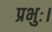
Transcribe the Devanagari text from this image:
प्रभुः।